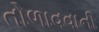
તોળાવવાની